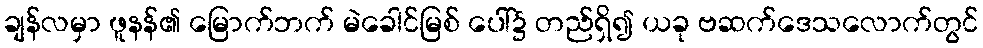
ချန်လမှာ ဖူနန်၏ မြောက်ဘက် မဲခေါင်မြစ် ပေါ်၌ တည်ရှိ၍ ယခု ဗဆက်ဒေသလောက်တွင်